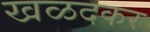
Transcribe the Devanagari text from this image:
खळदकर